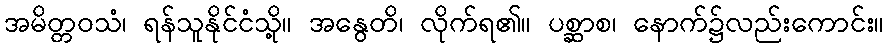
အမိတ္တဝသံ၊ ရန်သူနိုင်ငံသို့။ အနွေတိ၊ လိုက်ရ၏။ ပစ္ဆာစ၊ နောက်၌လည်းကောင်း။